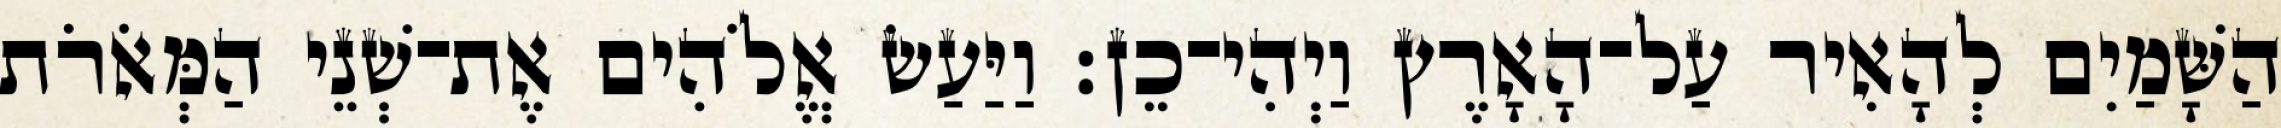
הַשָּׁמַיִם לְהָאִיר עַל־הָאָרֶץ וַיְהִי־כֵן׃ וַיַּעַשׂ אֱלֹהִים אֶת־שְׁנֵי הַמְּאֹרֹת